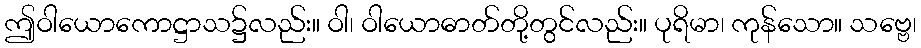
ဤဝါယောကောဋ္ဌာသ၌လည်း။ ဝါ၊ ဝါယောဓာတ်တို့တွင်လည်း။ ပုရိမာ၊ ကုန်သော။ သဗ္ဗေ၊